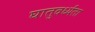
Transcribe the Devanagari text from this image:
घातुवर्ध्यता